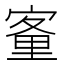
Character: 𡪂